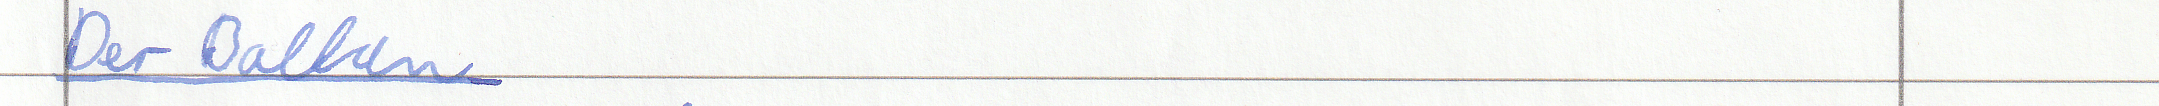
Der Balkan